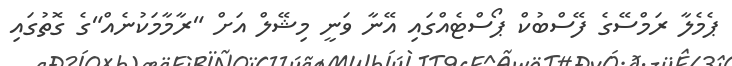
ޕެމެލާ ރަމްސޭގެ ފޭސްބުކް ޕޯސްޓެއްގައި އޭނާ ވަނީ މިޝޭލް އަށް "ރާމާމަކުނެއް"ގެ ގޮތުގައި